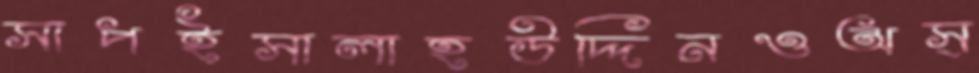
সাপইসালাহউদ্দিনওঅস্